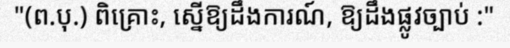
"(ព.បុ.) ពិគ្រោះ, ស្នើឱ្យដឹងការណ៍, ឱ្យដឹងផ្លូវច្បាប់ :"